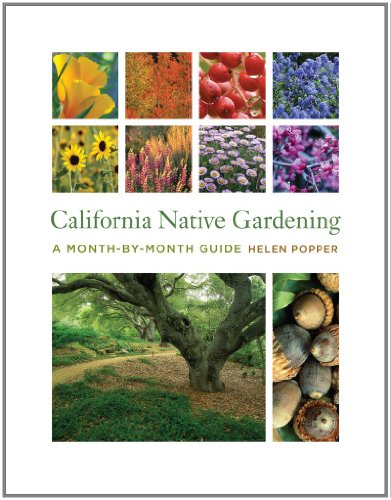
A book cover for California Native Gardening: A Month-by-Month Guide; Helen Popper; Crafts, Hobbies & Home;